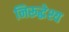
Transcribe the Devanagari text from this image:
निरूद्धेश्य